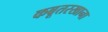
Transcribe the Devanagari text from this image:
कबूतरखाना